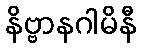
နိဗ္ဗာနဂါမိနီ